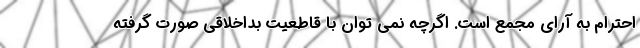
احترام به آرای مجمع است. اگرچه نمی توان با قاطعیت بداخلاقی صورت گرفته